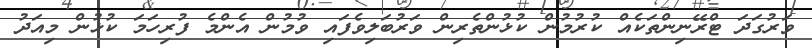
ވަރުގަދަ ޓްރޭނިންތަކެއް ކުރުމުން ކުޅުންތެރިން ވަރުބަލިވެފައި ވުމުން އެންމެ ފުރިހަމަ ކުޅުން މިއަދު